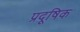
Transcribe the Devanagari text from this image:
प्रदूषिक